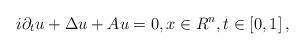
LaTeX: \begin{align*}i\partial _{t}u+\Delta u+Au=0,x\in R^{n},t\in \left[ 0,1\right] , \end{align*}